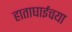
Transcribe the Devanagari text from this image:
हाताघाईचया